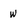
Character: w